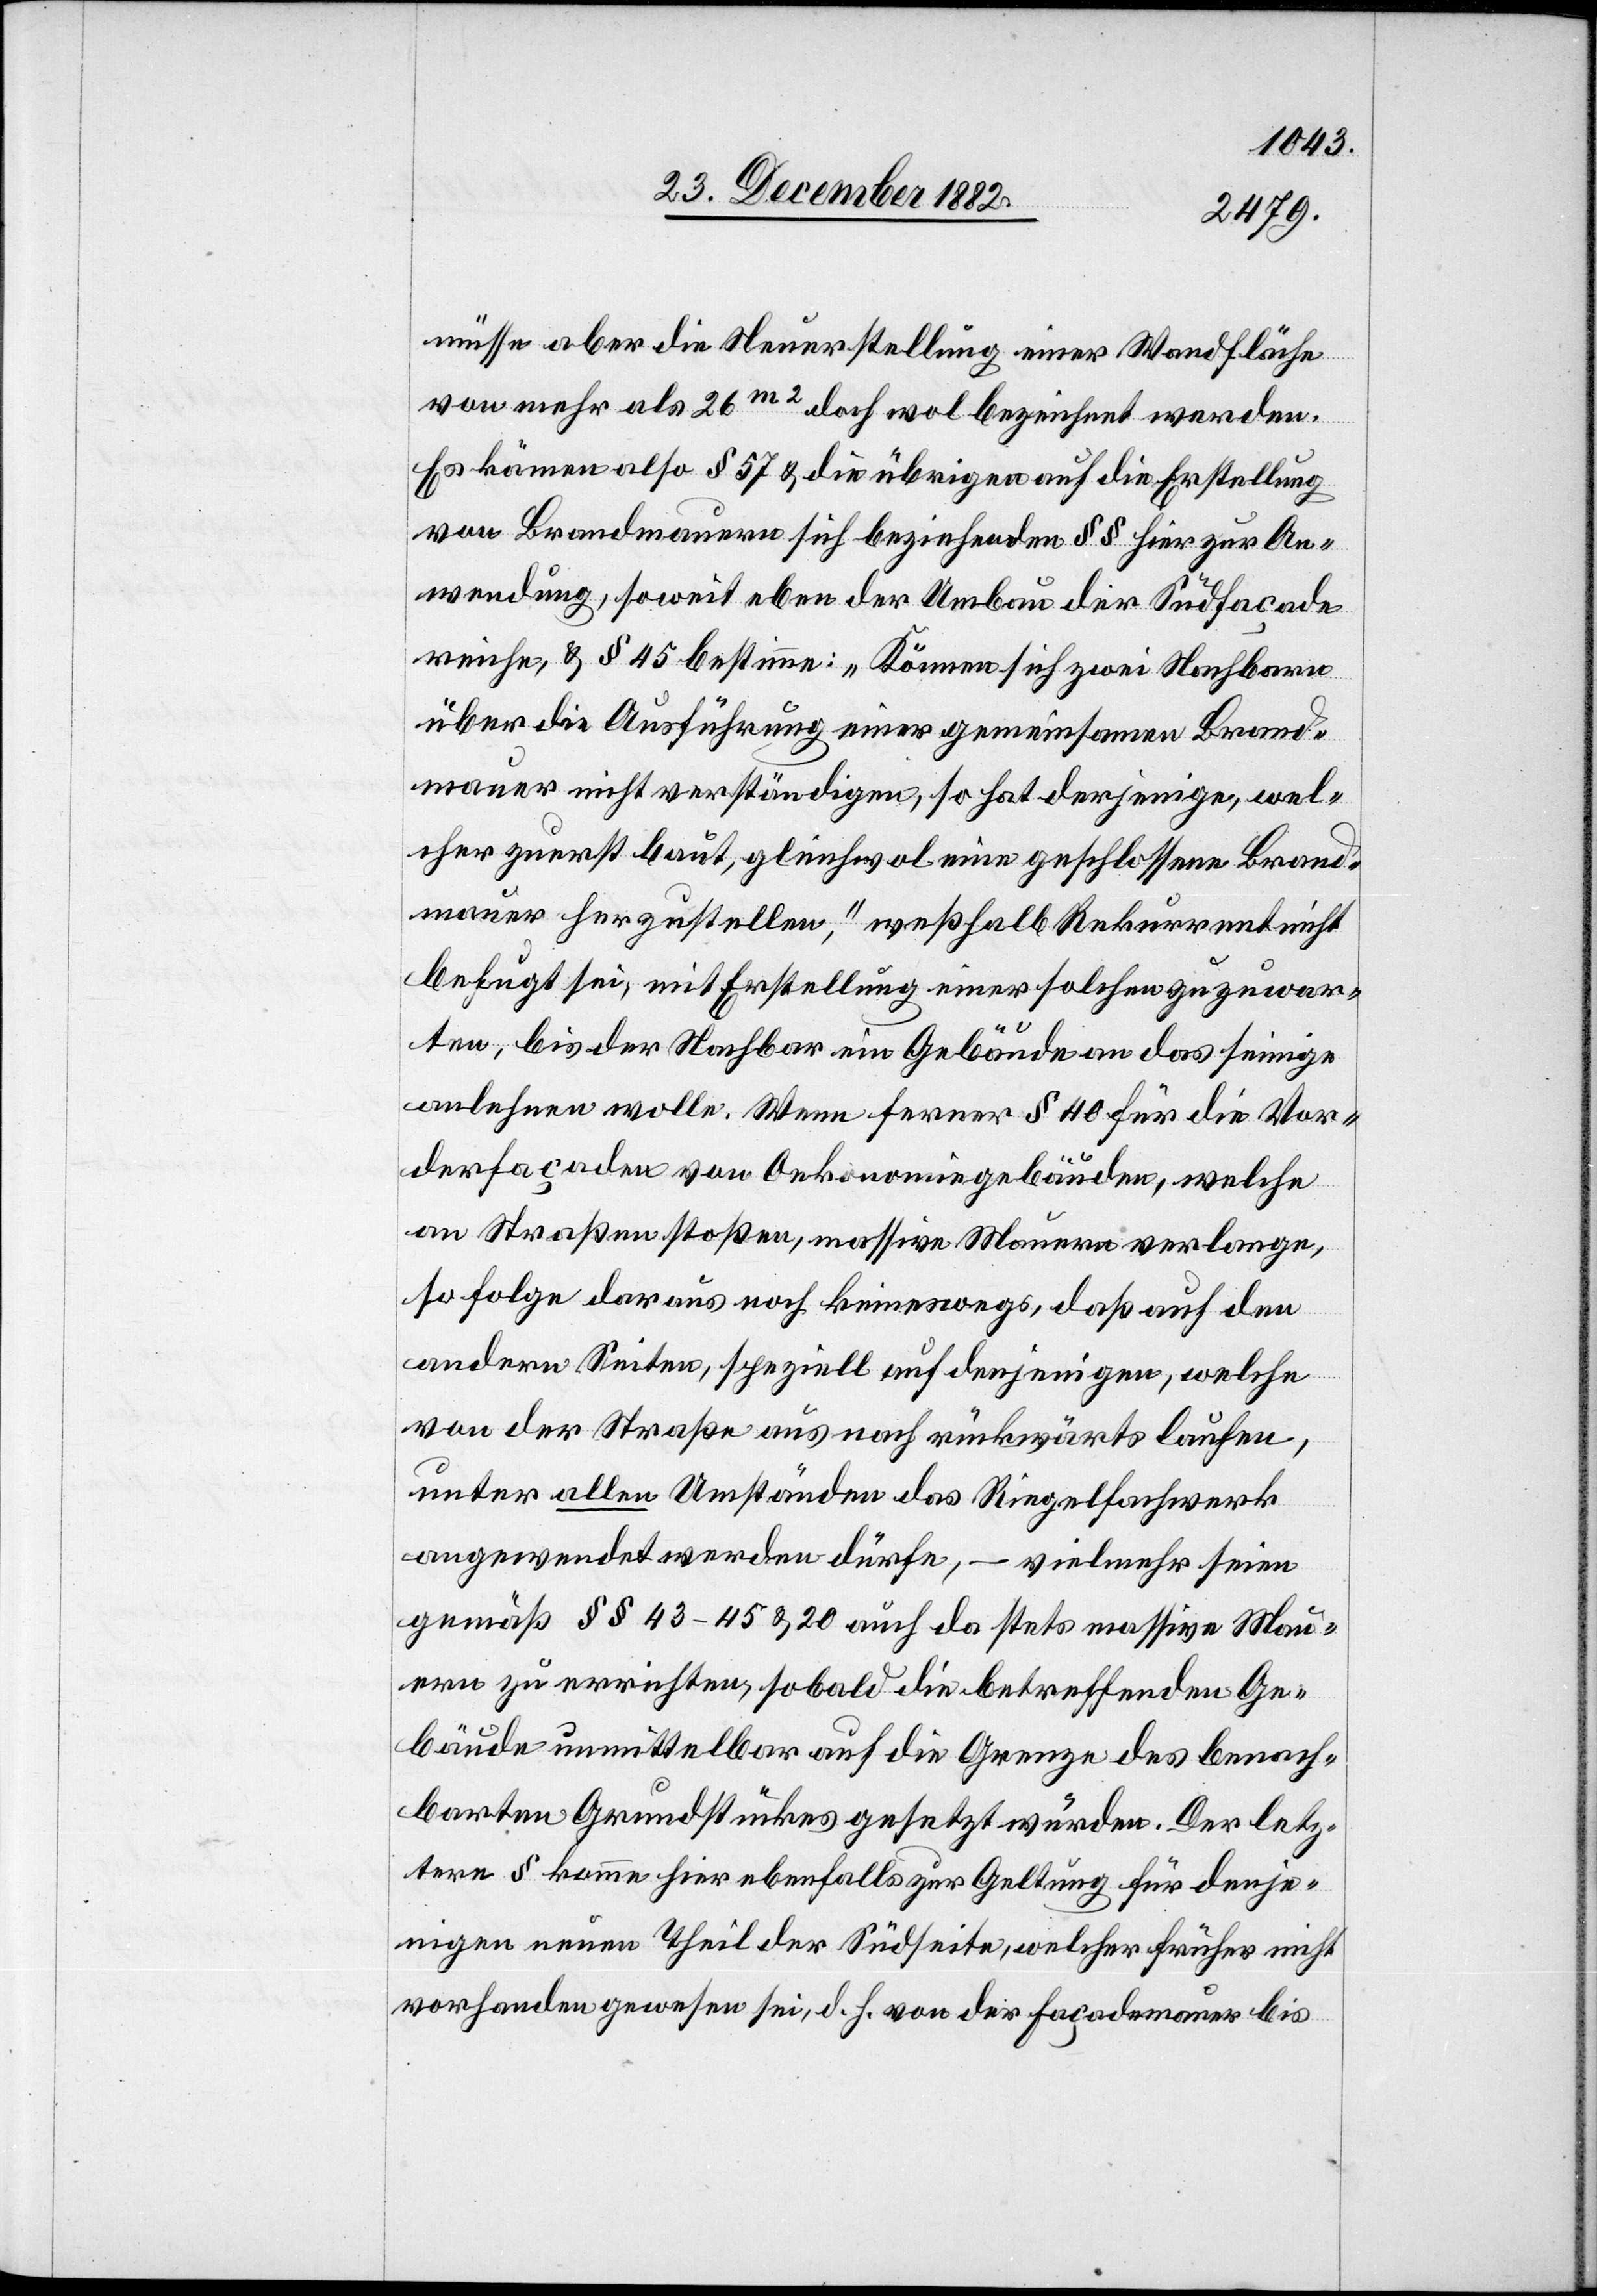
müsse aber die Neuerstellung einer Wandfläche
von mehr als 26m2 doch wol bezeichnet werden.
Es kämen also § 57 & die übrigen auf die Erstellung
von Brandmauern sich beziehenden §§ hier zur An¬
wendung, soweit eben der Umbau der Südfaçade
reiche, & § 45 bestimme: „Können sich zwei Nachbarn
über die Ausführung einer gemeinsamen Brand¬
mauer nicht verständigen, so hat derjenige, wel¬
cher zuerst baut, gleichwol eine geschlossene Brand¬
mauer herzstellen,“ weßhalb Rekurrent nicht
befugt sei, mit Erstellung einer solchen zuzuwar¬
ten, bis der Nachbar ein Gebäude an das seinige
anlehnen wolle. Wenn ferner § 40 für die Vor¬
derfaçaden von Oekonomiegebäuden, welche
an Straßen stoßen, massive Mauern verlange,
so folge daraus noch keineswegs, daß auf den
andern Seiten, speziell auf denjenigen, welche
von der Straße aus nach rückwärts laufen,
unter allen Umständen das Riegelfachwerk
angewendet werden dürfe, – vielmehr seien
gemäß §§ 43–45 & 20 auch da stets massive Mau¬
ern zu errichten, sobald die betreffenden Ge¬
bäude unmittelbar auf die Grenze des benach¬
barten Grundstückes gesetzt würden. Der letz¬
tere § komme hier ebenfalls zur Geltung für denje¬
nigen neuen Theil der Südseite, welcher früher nicht
vorhanden gewesen sei, d. h. von der Façadenmauer bis